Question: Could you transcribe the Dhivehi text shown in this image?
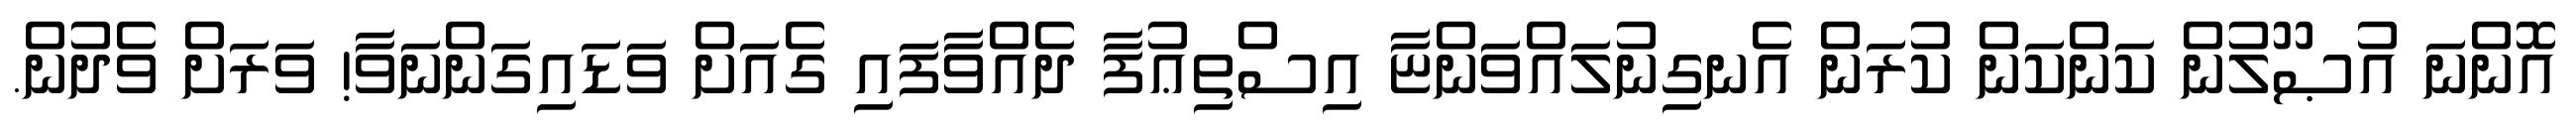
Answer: އޮންނަ އުޞޫލުން ކަންކަން ކުރަން އެނގިނުލައްވަންޏާ އިސްތިޢުފާ ދެއްވާފައި ގެއަށް ވަޑައިގަންނަވާ! ވަރަށް ވެދުން.